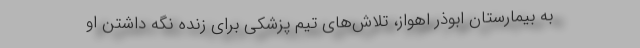
به بیمارستان ابوذر اهواز، تلاش‌های تیم پزشکی برای زنده نگه داشتن او